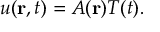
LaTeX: u ( \mathbf { r } , t ) = A ( \mathbf { r } ) T ( t ) .